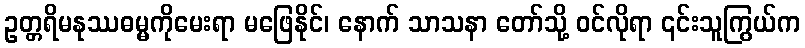
ဥတ္တရိမနုဿဓမ္မကိုမေးရာ မဖြေနိုင်၊ နောက် သာသနာ တော်သို့ ဝင်လိုရာ ၎င်းသူကြွယ်က